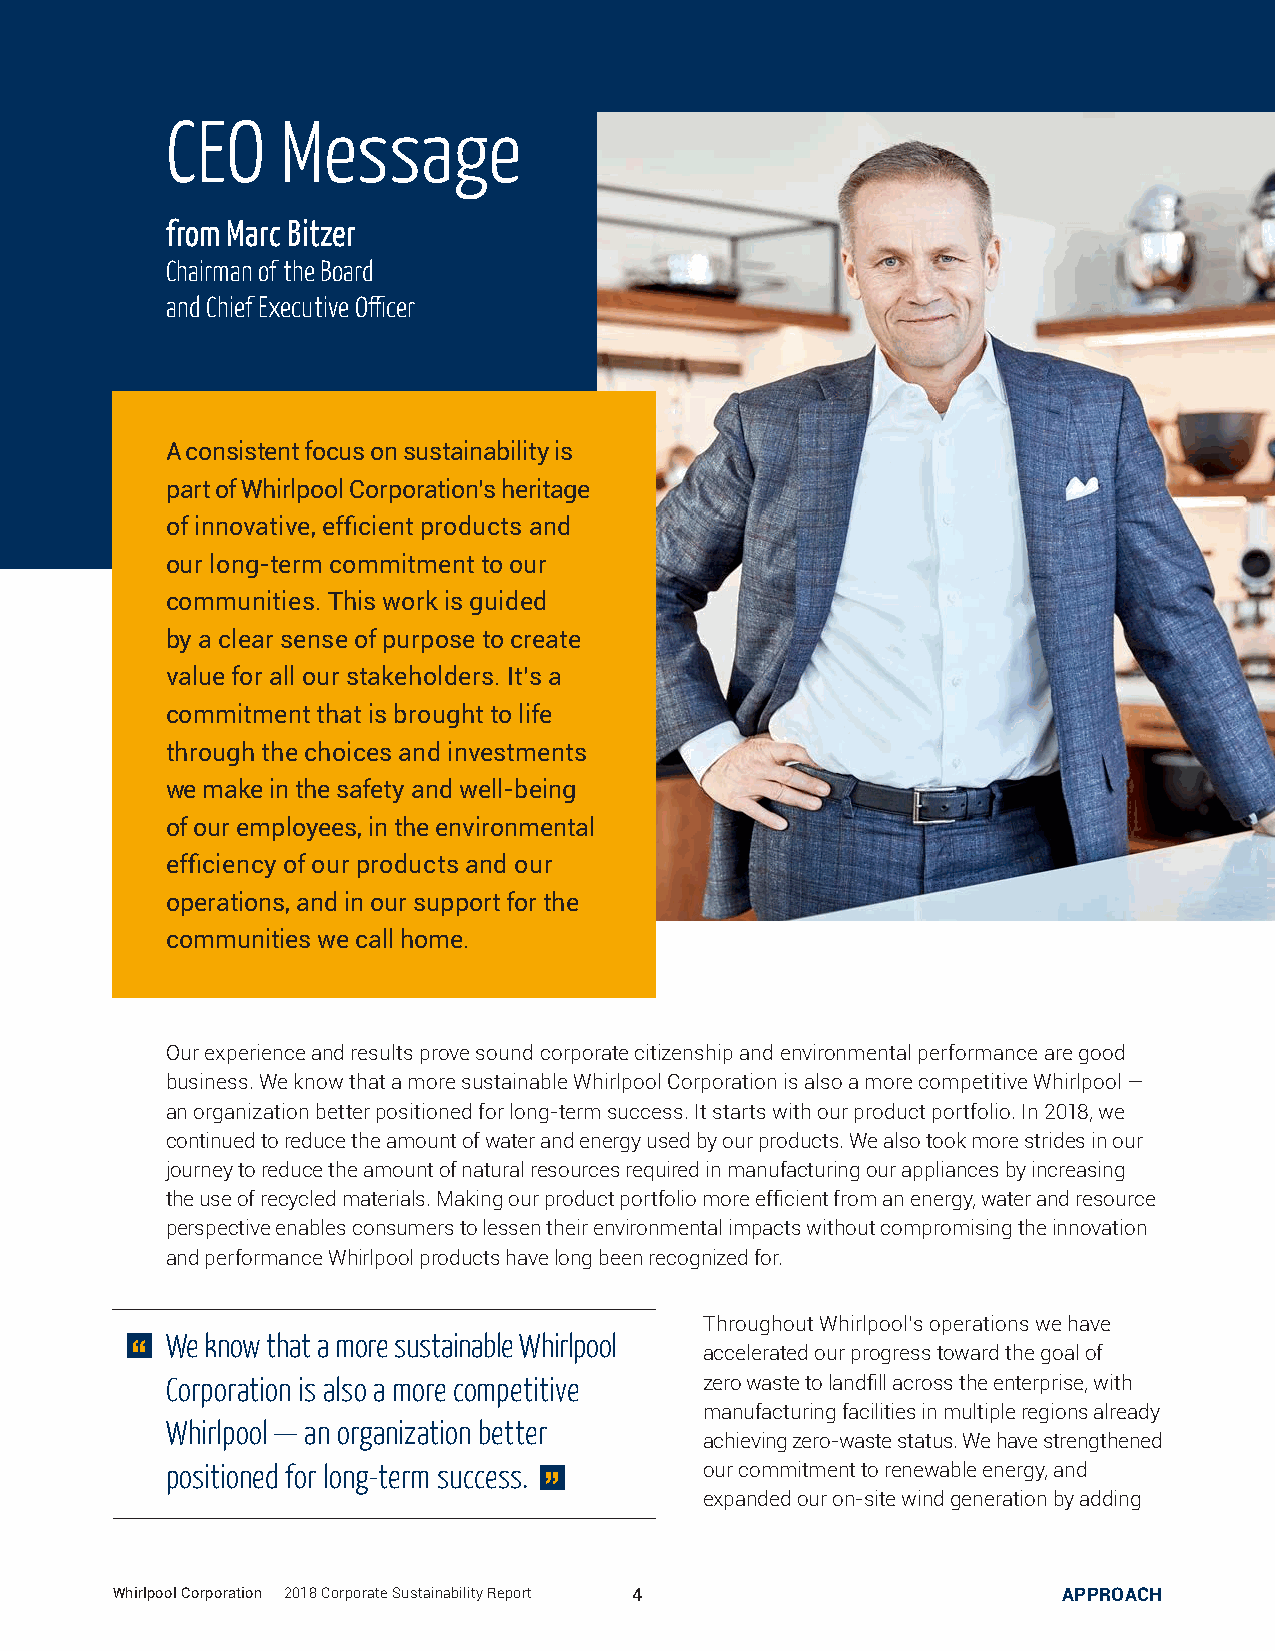
CEO     Message
 from Marc Bitzer
 Chairman of the Board
 and Chief Executive Officer
 A consistent focus on sustainability is
 part of Whirlpool Corporation’s heritage
 of innovative, efficient products and
 our long-term commitment to our
 communities. This work is guided
 by a clear sense of purpose to create
 value for all our stakeholders. It’s a
 commitment that is brought to life
 through the choices and investments
 we make in the safety and well-being
 of our employees, in the environmental
 efficiency of our products and our
 operations, and in our support for the
 communities we call home.
 Our experience and results prove sound corporate citizenship and environmental performance are good
 business. We know that a more sustainable Whirlpool Corporation is also a more competitive Whirlpool —
 an organization better positioned for long-term success. It starts with our product portfolio. In 2018, we
 continued to reduce the amount of water and energy used by our products. We also took more strides in our
 journey to reduce the amount of natural resources required in manufacturing our appliances by increasing
 the use of recycled materials. Making our product portfolio more efficient from an energy, water and resource
 perspective enables consumers to lessen their environmental impacts without compromising the innovation
 and performance Whirlpool products have long been recognized for.
 Throughout Whirlpool’s operations we have
 We know that a more sustainable Whirlpool
 “
 accelerated our progress toward the goal of
 Corporation is also a more competitive zero waste to landfill across the enterprise, with
 manufacturing facilities in multiple regions already
 Whirlpool — an organization better
 achieving zero-waste status. We have strengthened
 “
 positioned for long-term success.   our commitment to renewable energy, and
 expanded our on-site wind generation by adding
 Whirlpool Corporation | 2018 Corporate Sustainability Report 4 APPROACH